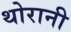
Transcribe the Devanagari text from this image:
थोरानी